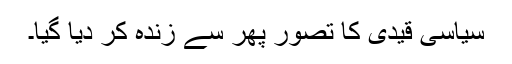
سیاسی قیدی کا تصور پھر سے زندہ کر دیا گیا۔